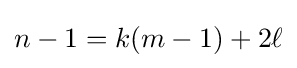
n-1=k(m-1)+2\ell